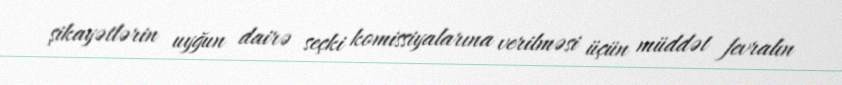
şikayətlərin uyğun dairə seçki komissiyalarına verilməsi üçün müddət fevralın